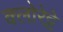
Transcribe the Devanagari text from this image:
क्‍लोरेट्टे